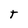
Character: t